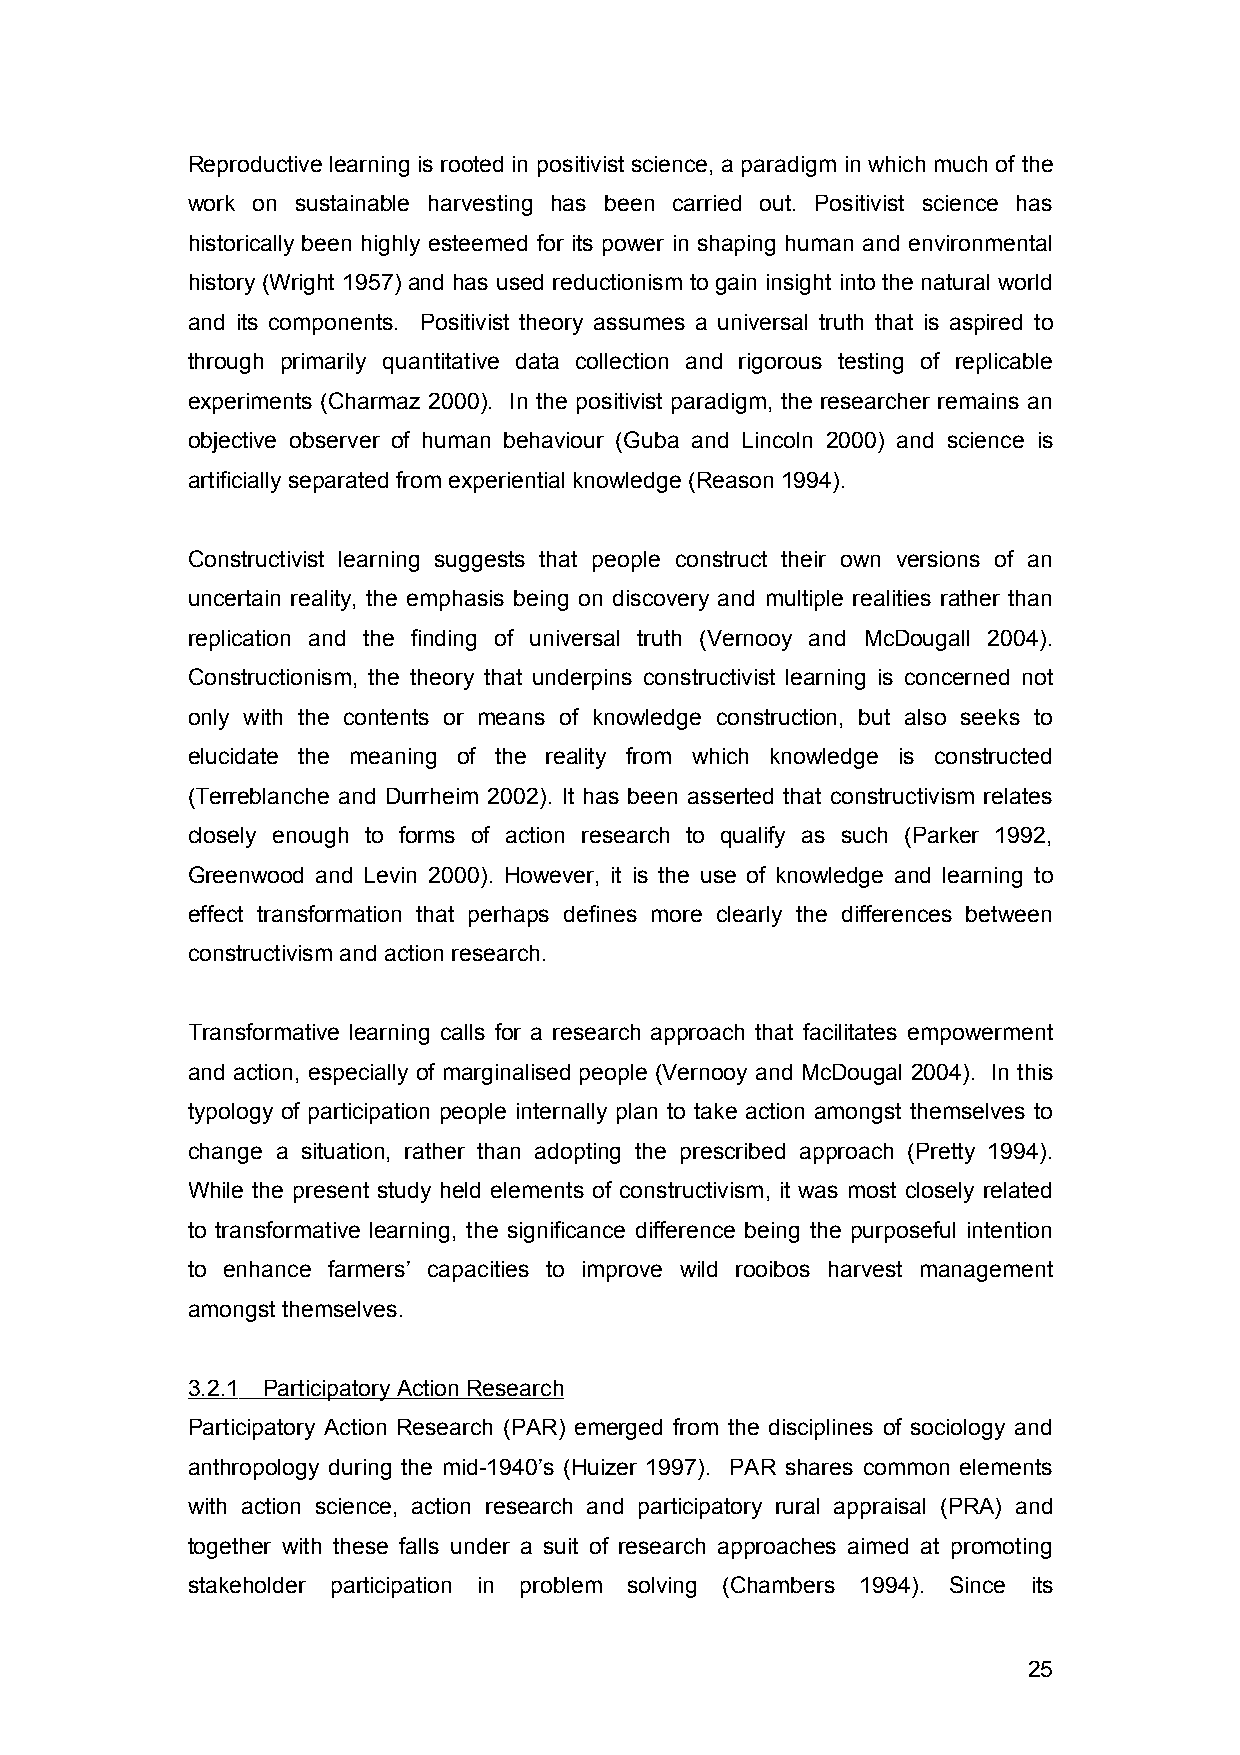
Reproductive learning is rooted in positivist science, a paradigm in which much of the
 work on sustainable harvesting has been carried out. Positivist science has
 historically been highly esteemed for its power in shaping human and environmental
 history (Wright 1957) and has used reductionism to gain insight into the natural world
 and its components. Positivist theory assumes a universal truth that is aspired to
 through primarily quantitative data collection and rigorous testing of replicable
 experiments (Charmaz 2000). In the positivist paradigm, the researcher remains an
 objective observer of human behaviour (Guba and Lincoln 2000) and science is
 artificially separated from experiential knowledge (Reason 1994).
 Constructivist learning suggests that people construct their own versions of an
 uncertain reality, the emphasis being on discovery and multiple realities rather than
 replication and the finding of universal truth (Vernooy and McDougall 2004).
 Constructionism, the theory that underpins constructivist learning is concerned not
 only with the contents or means of knowledge construction, but also seeks to
 elucidate the meaning of the reality from which knowledge is constructed
 (Terreblanche and Durrheim 2002). It has been asserted that constructivism relates
 closely enough to forms of action research to qualify as such (Parker 1992,
 Greenwood and Levin 2000). However, it is the use of knowledge and learning to
 effect transformation that perhaps defines more clearly the differences between
 constructivism and action research.
 Transformative learning calls for a research approach that facilitates empowerment
 and action, especially of marginalised people (Vernooy and McDougal 2004). In this
 typology of participation people internally plan to take action amongst themselves to
 change a situation, rather than adopting the prescribed approach (Pretty 1994).
 While the present study held elements of constructivism, it was most closely related
 to transformative learning, the significance difference being the purposeful intention
 to enhance farmers’ capacities to improve wild rooibos harvest management
 amongst themselves.
 3.2.1 Participatory Action Research
 Participatory Action Research (PAR) emerged from the disciplines of sociology and
 anthropology during the mid-1940’s (Huizer 1997). PAR shares common elements
 with action science, action research and participatory rural appraisal (PRA) and
 together with these falls under a suit of research approaches aimed at promoting
 stakeholder participation in problem solving (Chambers 1994). Since its
 25